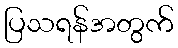
ပြသရန်အတွက်